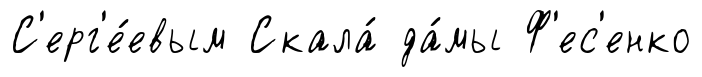
С'ерг'е́евым Скала́ да́мы Ф'ес'енко